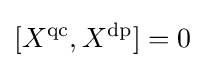
[X^{\mathrm {qc} },X^{\mathrm {dp} }]=0